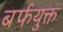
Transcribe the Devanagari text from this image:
बर्फयुक्त